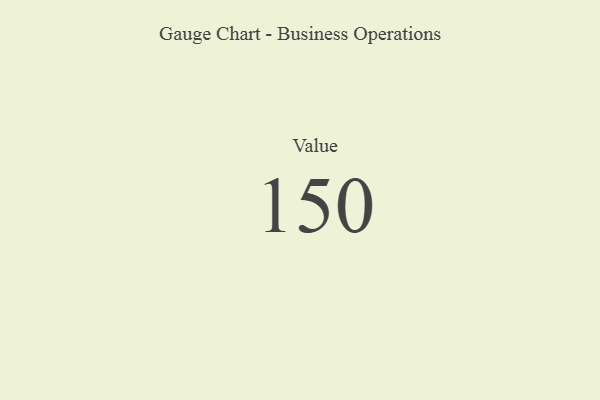
{"axis": {"x": "Metric", "y": "Value"}, "legend": [""], "data": [{"x": "Value", "y": 150, "type": ""}]}